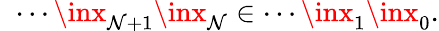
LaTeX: \; \; \cdots\inx_{\mathcal{N}+1}\inx_{\mathcal{N}}\in\cdots\inx_{1}\inx_{0}.